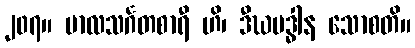
၂၀၇။ ဗာလသင်္ဂတစာရီ ဟိ၊ ဒီဃမဒ္ဓါန သောစတိ။